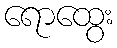
ရောထွေး